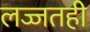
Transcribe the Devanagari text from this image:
लज्जतही